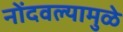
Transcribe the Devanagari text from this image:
नोंदवल्यामुळे